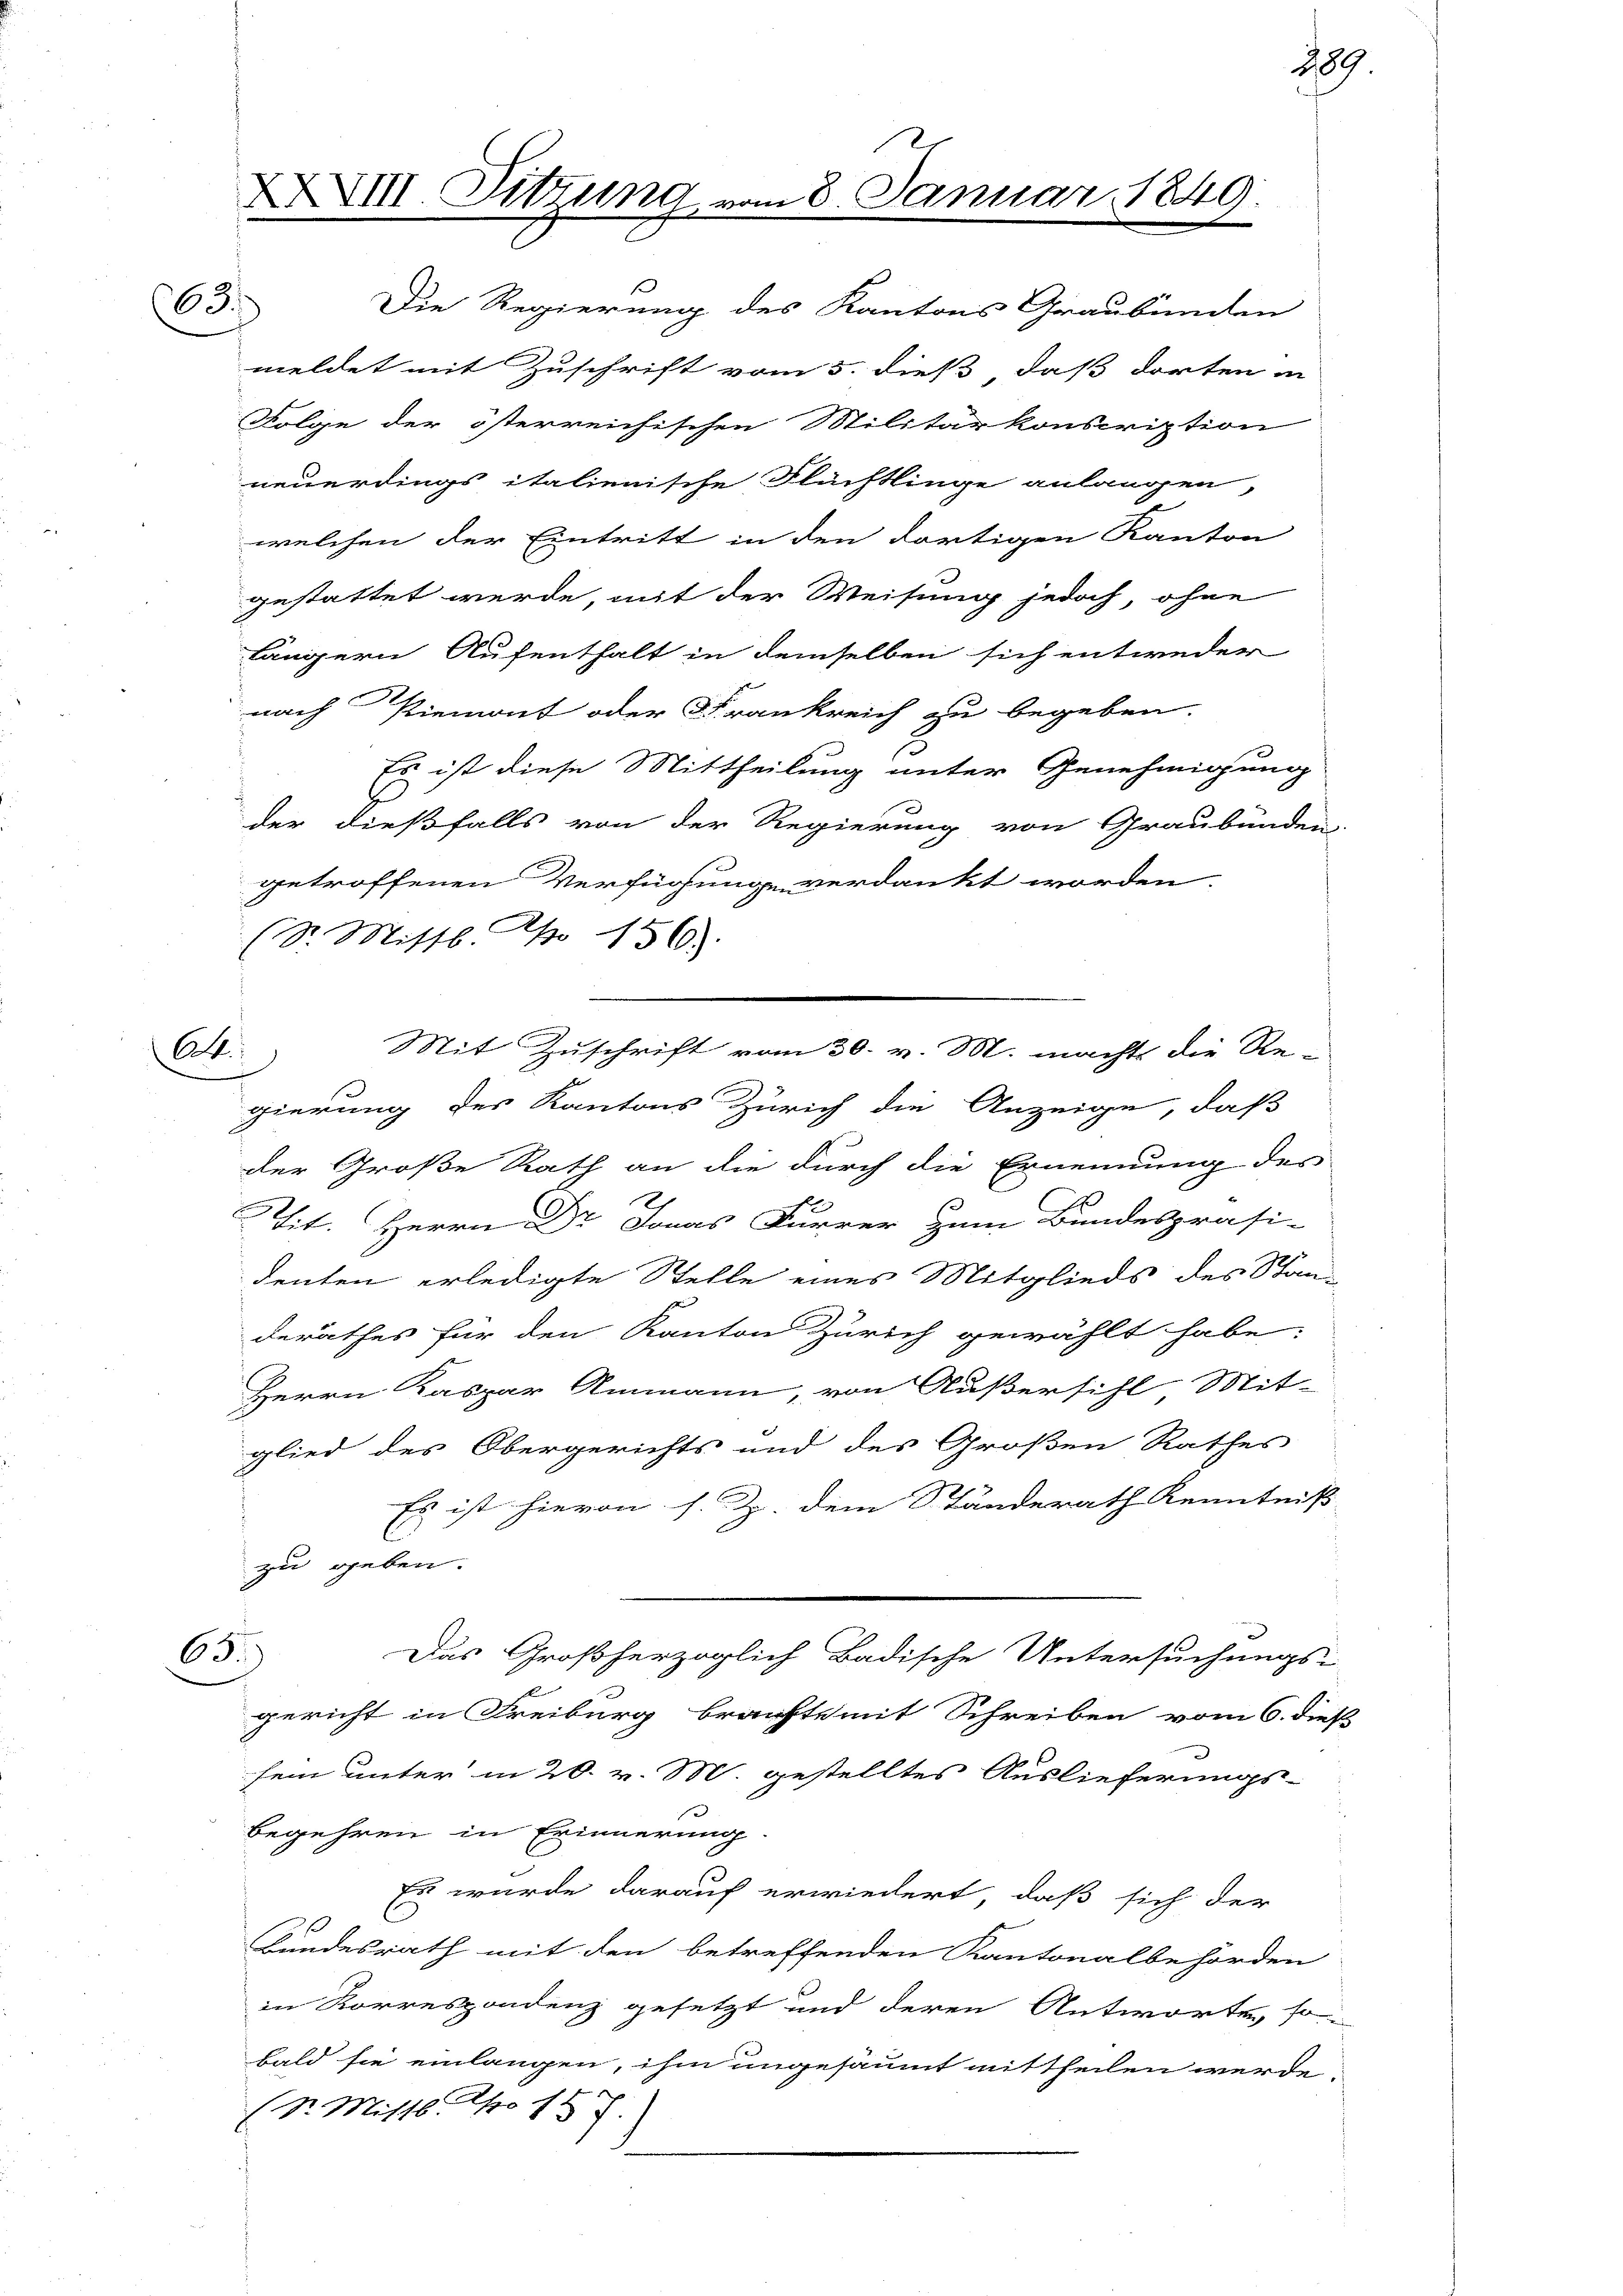
63.

At

Die Regierung des Kantons Graubünden
meldet mit Zuschrift vom 5. dieß, daß dorten in
Folge der österreichischen Militärkonscription
neuerdings italienische Flüchtlinge anlangen,
welchen der Eintritt in den dortigen Kanton
gestattet werde, mit der Weisung jedoch, ohne
längern Aufenthalt in demselben sich entweder
nach Riemont oder Frankreich zu begeben.
Es ist diese Mittheilung unter Genehmigung
s
der dießfalls von der Regierung von Graubünden
getroffenen Verfügunge verdankt worden.
(Sr. Mittl. No 156.)
Mit Zuschrift vom 30. v. M. macht die Re-
gierung des Kantons Zürich die Anzeige, daß
der Große Rath an die durch die Ernennung des
Tit. Herrn Dr Jonas Furrer zum Bundespräsi-
denten erledigte Stelle eines Mitglieds des Stand
derathes für den Kanton Zürich gewählt habe,
Herrn Kaspar Ammann, von Außersihl Mit-
glied des Obergerichts und des Großen Rathes
Es ist hievon s. Z. dem Ständerath Kenntniß
zu geben.
65.
Das Großherzoglich Badische Untersuchungs-
A
gericht in Freiburg brachte mit Schreiben vom 6. dieß
sein unter in 20. v. M. gestelltes Auslieferungs-
begehren in Erinnerung
Es wurde darauf erwiedert, daß sich der
Bundesrath mit den betreffenden Kantonalbehörden
in Korrespondenz gesetzt und deren Antworte, so
bald sie einlangen, ihm ungesäumt mittheilen werde,
(Sr. Mittl. pro 187

XXVIII. Sitzung vom 8. Januar 1849.

789